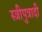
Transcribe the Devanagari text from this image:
स्त्रीपुत्रादी